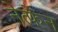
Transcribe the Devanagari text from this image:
नेत्फेन